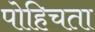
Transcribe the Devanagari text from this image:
पोहिचता